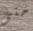
حتى